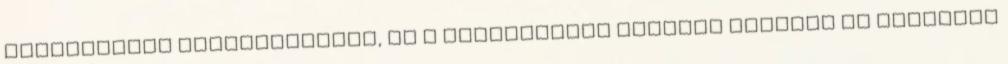
birtokaikat lefoglalhatja, és a címzetteket személy szerint is fogságba